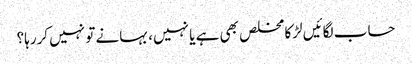
حساب لگائیں لڑکا مخلص بھی ہے یا نہیں، بہانے تو نہیں کررہا؟